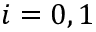
i = 0 , 1